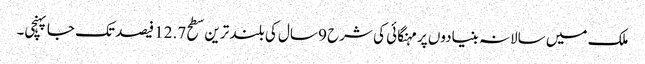
ملک میں سالانہ بنیادوں پر مہنگائی کی شرح 9 سال کی بلند ترین سطح 12.7 فیصد تک جاپہنچی۔